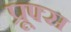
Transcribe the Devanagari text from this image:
प्रूफ्स